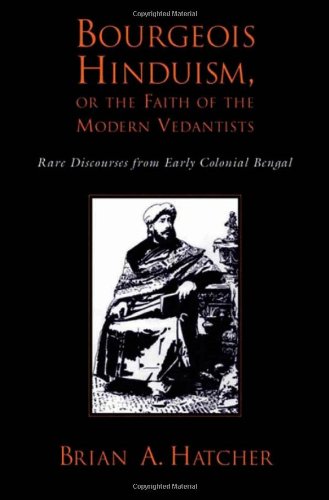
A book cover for Bourgeois Hinduism, or Faith of the Modern Vedantists: Rare Discourses from Early Colonial Bengal; Brian Hatcher; Religion & Spirituality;